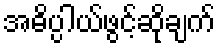
အဓိပ္ပါယ်ဖွင့်ဆိုချက်